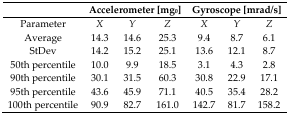
<table><thead><tr><td></td><td colspan="3"><b>Accelerometer [mg<sub>0</sub>]</b></td><td colspan="3"><b>Gyroscope [mrad/s]</b></td></tr></thead><tbody><tr><td>Parameter</td><td><i>X</i></td><td><i>Y</i></td><td><i>Z</i></td><td><i>X</i></td><td><i>Y</i></td><td><i>Z</i></td></tr><tr><td>Average</td><td>14.3</td><td>14.6</td><td>25.3</td><td>9.4</td><td>8.7</td><td>6.1</td></tr><tr><td>StDev</td><td>14.2</td><td>15.2</td><td>25.1</td><td>13.6</td><td>12.1</td><td>8.7</td></tr><tr><td>50th percentile</td><td>10.0</td><td>9.9</td><td>18.5</td><td>3.1</td><td>4.3</td><td>2.8</td></tr><tr><td>90th percentile</td><td>30.1</td><td>31.5</td><td>60.3</td><td>30.8</td><td>22.9</td><td>17.1</td></tr><tr><td>95th percentile</td><td>43.6</td><td>45.9</td><td>71.1</td><td>40.5</td><td>35.4</td><td>28.2</td></tr><tr><td>100th percentile</td><td>90.9</td><td>82.7</td><td>161.0</td><td>142.7</td><td>81.7</td><td>158.2</td></tr></tbody></table>